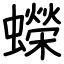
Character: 蠑